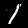
Digit: 1